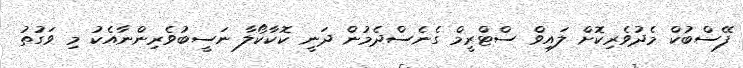
ފޭސްބުކް މެދުވެރިކޮށް ލައިވް ސްޓްރީމް ގެނެސްދެމުން ދަނީ ކޮކާކޯލާ ނަސީބުވެރިންނާއެކު މި ވަގުތު